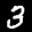
Label: 3